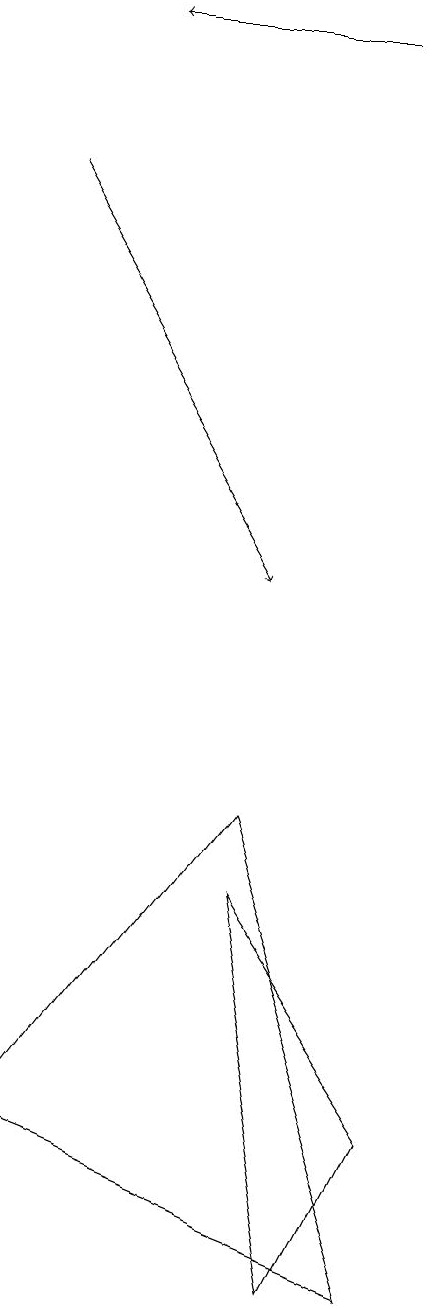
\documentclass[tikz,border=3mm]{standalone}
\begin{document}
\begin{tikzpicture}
\draw[->] (7,18) -- (4,18);
\draw (7,2) -- (8,4) -- (6,7) -- cycle;
\draw[->] (3,16) -- (6,11);
\draw (6,8) -- (8,2) -- (3,4) -- cycle;
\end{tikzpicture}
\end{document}